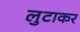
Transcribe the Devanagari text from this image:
लुटाकर